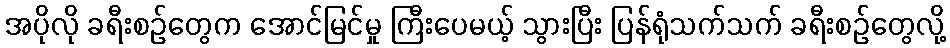
အပိုလို ခရီးစဉ်တွေက အောင်မြင်မှု ကြီးပေမယ့် သွားပြီး ပြန်ရုံသက်သက် ခရီးစဉ်တွေလို့